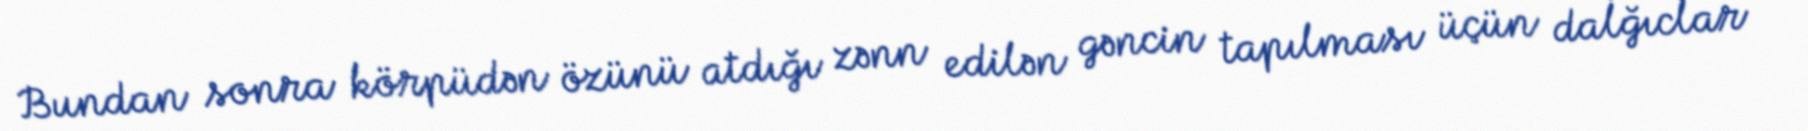
Bundan sonra körpüdən özünü atdığı zənn edilən gəncin tapılması üçün dalğıclar